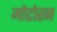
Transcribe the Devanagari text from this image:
मोटोरन